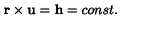
\mathbf { r } \times \mathbf { u } = \mathbf { h } = c o n s t .